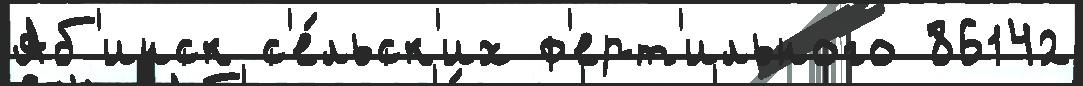
Аб'инск с'е́льск'их ф'ерт'ильного 86142